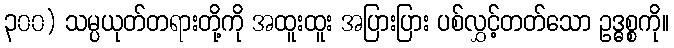
၃၀၀) သမ္ပယုတ်တရားတို့ကို အထူးထူး အပြားပြား ပစ်လွှင့်တတ်သော ဥဒ္ဓစ္စကို။